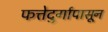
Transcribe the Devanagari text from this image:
फत्तेदुर्गापासून